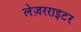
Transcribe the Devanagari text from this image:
लेज़रराइटर